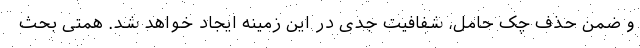
و ضمن حذف چک حامل، شفافیت جدی در این زمینه ایجاد خواهد شد. همتی بحث